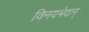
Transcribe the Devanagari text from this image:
विनयभेदान्